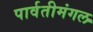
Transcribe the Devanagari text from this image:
पार्वतीमंगल